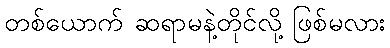
တစ်ယောက် ဆရာမနဲ့တိုင်လို့ ဖြစ်မလား